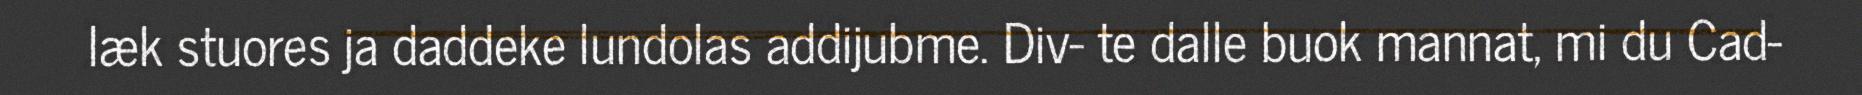
læk stuores ja daddeke lundolas addijubme. Div- te dalle buok mannat, mi du Cad-